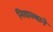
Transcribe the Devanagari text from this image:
निवास्थाने